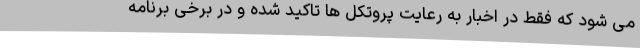
می شود که فقط در اخبار به رعایت پروتکل ها تاکید شده و در برخی برنامه